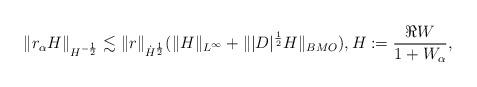
LaTeX: \begin{align*}\| r_\alpha H\|_{H^{-\frac12}} \lesssim \|r\|_{\dot H^\frac12} (\|H\|_{L^\infty} + \||D|^\frac12 H\|_{BMO}), H := \frac{\Re W}{1+W_\alpha},\end{align*}